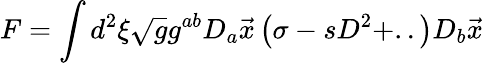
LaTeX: F=\int d^{2}\xi\sqrt{g}g^{ab}D_{a}\vec{x}\left(\sigma-sD^{2}+..\right)D_{b}\vec{x}